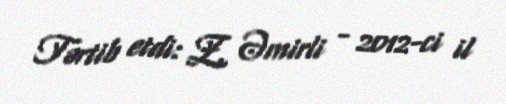
Tərtib etdi: Z. Əmirli - 2012-ci il